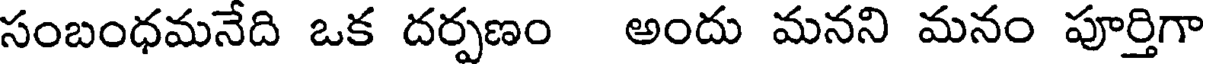
సంబంధమనేది ఒక దర్పణం అందు మనని మనం పూర్తిగా